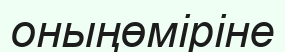
оныңөміріне